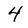
Character: 4